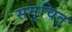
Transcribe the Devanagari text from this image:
समुचित्‌